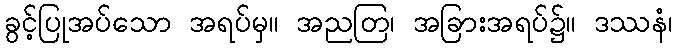
ခွင့်ပြုအပ်သော အရပ်မှ။ အညတြ၊ အခြားအရပ်၌။ ဒဿနံ၊